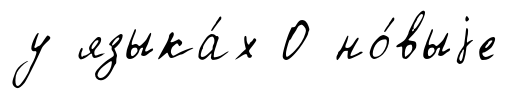
у языка́х О но́выjе